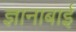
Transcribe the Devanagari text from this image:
ज्ञानाबाई